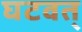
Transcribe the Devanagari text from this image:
घटवत्